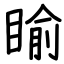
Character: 睮